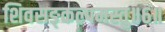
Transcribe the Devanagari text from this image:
शिवसङ्कल्पमस्तु॥६॥